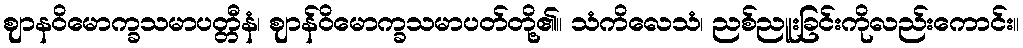
ဈာနဝိမောက္ခသမာပတ္တီနံ၊ ဈာန်ဝိမောက္ခသမာပတ်တို့၏။ သံကိလေသံ၊ ညစ်ညူးခြင်းကိုလည်းကောင်း။